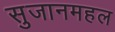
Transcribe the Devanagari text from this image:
सुजानमहल